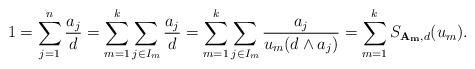
LaTeX: \begin{align*}1=\sum_{j=1}^n \frac{a_j}{d}= \sum_{m=1}^k \sum_{j\in I_m} \frac{a_j}{d}= \sum_{m=1}^k \sum_{j\in I_m} \frac{a_j}{u_m(d\wedge a_j)}= \sum_{m=1}^k S_{{\bf A_m},d}(u_m).\end{align*}